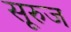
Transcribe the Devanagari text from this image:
सूरुज